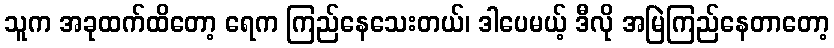
သူက အခုထက်ထိတော့ ရေက ကြည်နေသေးတယ်၊ ဒါပေမယ့် ဒီလို အမြဲကြည်နေတာတော့